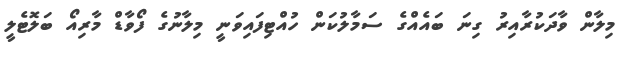
މިލާން ވާދަކުރާއިރު ގިނަ ބައެއްގެ ސަމާލުކަން ހުއްޓިފައިވަނީ މިލާނުގެ ފޯވާޑް މާރިއޯ ބަލޮޓެލީ